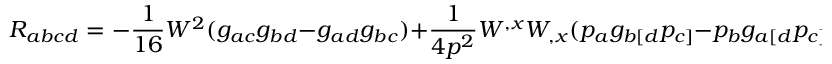
R _ { a b c d } = - \frac { 1 } { 1 6 } W ^ { 2 } ( g _ { a c } g _ { b d } - g _ { a d } g _ { b c } ) + \frac { 1 } { 4 p ^ { 2 } } W ^ { , x } W _ { , x } ( p _ { a } g _ { b [ d } p _ { c ] } - p _ { b } g _ { a [ d } p _ { c ] } )